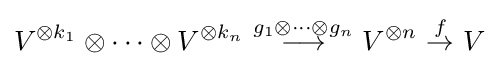
V^{\otimes k_{1}}\otimes \cdots \otimes V^{\otimes k_{n}}\ {\overset {g_{1}\otimes \cdots \otimes g_{n}}{\longrightarrow }}\ V^{\otimes n}\ {\overset {f}{\to }}\ V